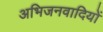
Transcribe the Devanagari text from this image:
अभिजनवादियों